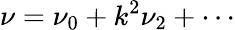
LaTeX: \nu=\nu_{0}+k^{2}\nu_{2}+\cdots